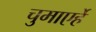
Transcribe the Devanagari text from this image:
चुमाएर्हे